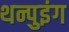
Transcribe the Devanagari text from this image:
थन्पुइंग